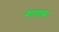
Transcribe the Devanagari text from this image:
कालास्त्र